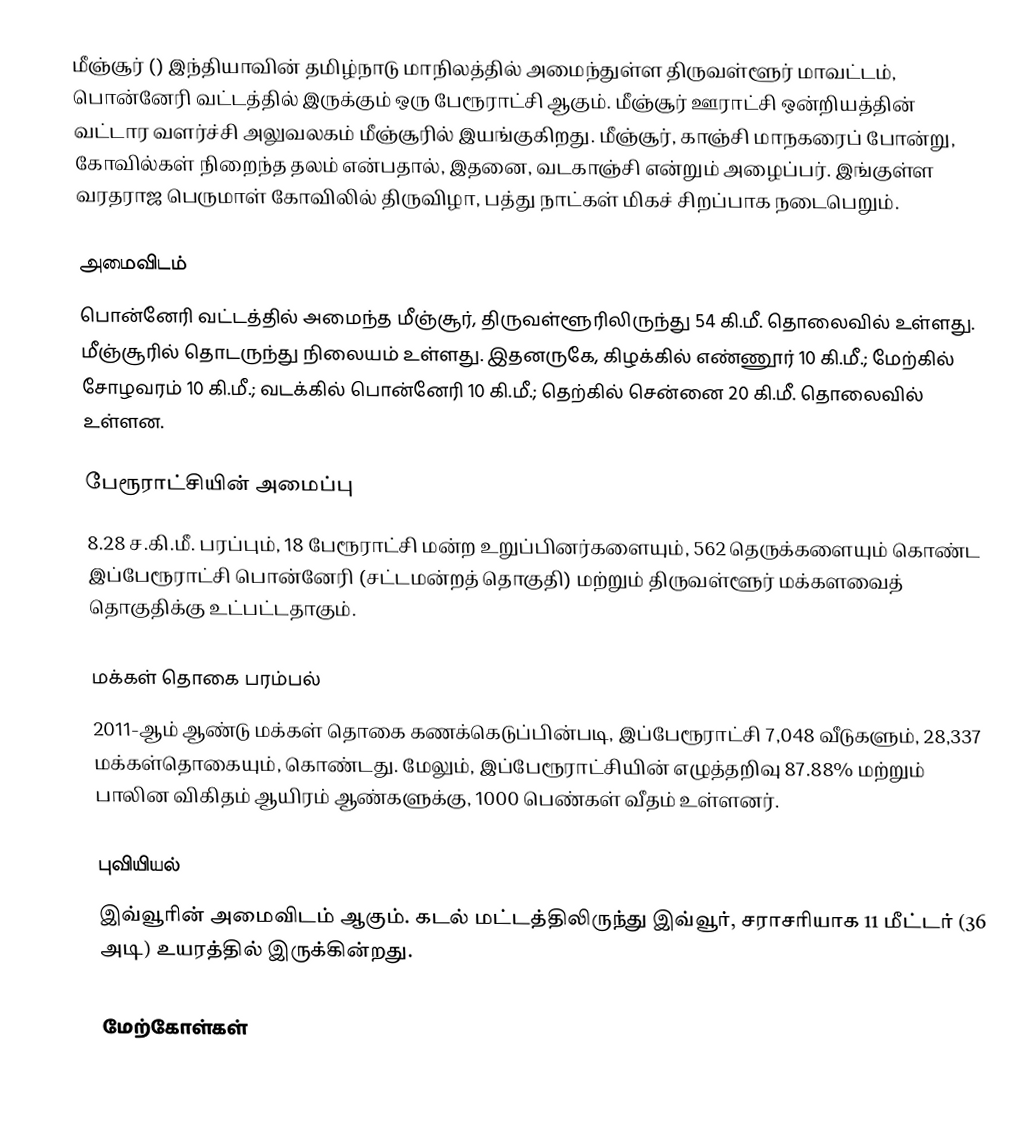
மீஞ்சூர் () இந்தியாவின் தமிழ்நாடு மாநிலத்தில் அமைந்துள்ள திருவள்ளூர் மாவட்டம், பொன்னேரி வட்டத்தில் இருக்கும் ஒரு பேரூராட்சி ஆகும். மீஞ்சூர் ஊராட்சி ஒன்றியத்தின் வட்டார வளர்ச்சி அலுவலகம் மீஞ்சூரில் இயங்குகிறது. மீஞ்சூர், காஞ்சி மாநகரைப் போன்று, கோவில்கள் நிறைந்த தலம் என்பதால், இதனை, வடகாஞ்சி என்றும் அழைப்பர்.  இங்குள்ள வரதராஜ பெருமாள் கோவிலில் திருவிழா, பத்து நாட்கள் மிகச் சிறப்பாக நடைபெறும்.

அமைவிடம்
பொன்னேரி வட்டத்தில் அமைந்த மீஞ்சூர், திருவள்ளூரிலிருந்து 54 கி.மீ. தொலைவில் உள்ளது. மீஞ்சூரில் தொடருந்து  நிலையம் உள்ளது. இதனருகே, கிழக்கில் எண்ணூர் 10 கி.மீ.; மேற்கில் சோழவரம் 10 கி.மீ.; வடக்கில் பொன்னேரி 10 கி.மீ.; தெற்கில் சென்னை 20 கி.மீ. தொலைவில் உள்ளன.

பேரூராட்சியின் அமைப்பு
8.28 ச.கி.மீ. பரப்பும், 18  பேரூராட்சி மன்ற உறுப்பினர்களையும், 562 தெருக்களையும்  கொண்ட இப்பேரூராட்சி பொன்னேரி (சட்டமன்றத் தொகுதி) மற்றும் திருவள்ளூர் மக்களவைத் தொகுதிக்கு உட்பட்டதாகும்.

மக்கள் தொகை பரம்பல்
2011-ஆம் ஆண்டு மக்கள் தொகை  கணக்கெடுப்பின்படி,  இப்பேரூராட்சி 7,048  வீடுகளும், 28,337 மக்கள்தொகையும், கொண்டது. மேலும், இப்பேரூராட்சியின் எழுத்தறிவு 87.88% மற்றும்  பாலின விகிதம்  ஆயிரம் ஆண்களுக்கு, 1000  பெண்கள் வீதம் உள்ளனர்.

புவியியல்
இவ்வூரின் அமைவிடம்  ஆகும். கடல் மட்டத்திலிருந்து இவ்வூர், சராசரியாக 11 மீட்டர் (36 அடி) உயரத்தில் இருக்கின்றது.

மேற்கோள்கள்